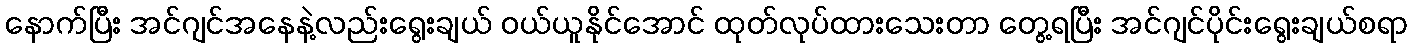
နောက်ပြီး အင်ဂျင်အနေနဲ့လည်းရွေးချယ် ဝယ်ယူနိုင်အောင် ထုတ်လုပ်ထားသေးတာ တွေ့ရပြီး အင်ဂျင်ပိုင်းရွေးချယ်စရာ